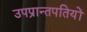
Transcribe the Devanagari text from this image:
उपप्रान्तपतियों